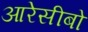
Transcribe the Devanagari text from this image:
आरेसीबो